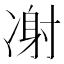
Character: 㓔